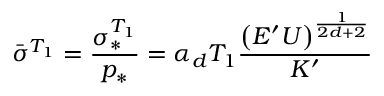
\bar { \sigma } ^ { T _ { 1 } } = \frac { \sigma _ { \ast } ^ { T _ { 1 } } } { p _ { \ast } } = \alpha _ { d } T _ { 1 } \frac { \left( E ^ { \prime } U \right) ^ { \frac { 1 } { 2 d + 2 } } } { K ^ { \prime } }